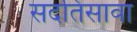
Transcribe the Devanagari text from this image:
सदतिसावा